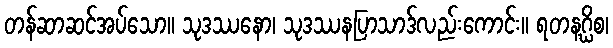
တန်ဆာဆင်အပ်သော။ သုဒဿနော၊ သုဒဿနပြာသာဒ်လည်းကောင်း။ ရတနဂ္ဃိစ၊